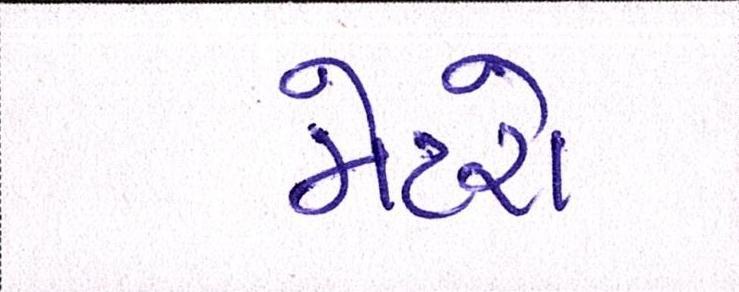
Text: મેટરો